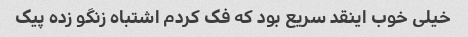
خیلی خوب اینقد سریع بود که فک کردم اشتباه زنگو زده پیک